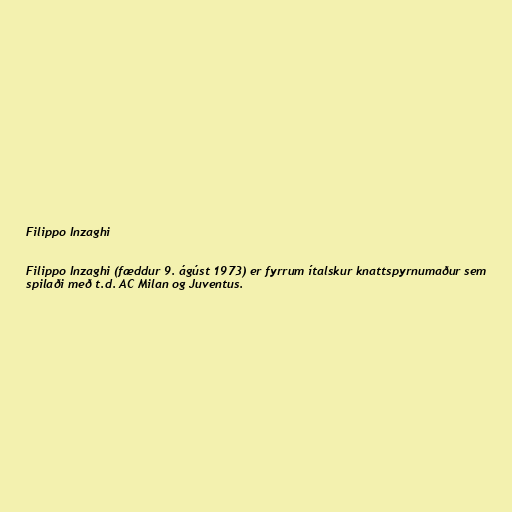
Filippo Inzaghi

Filippo Inzaghi (fæddur 9. ágúst 1973) er fyrrum ítalskur knattspyrnumaður sem
spilaði með t.d. AC Milan og Juventus.